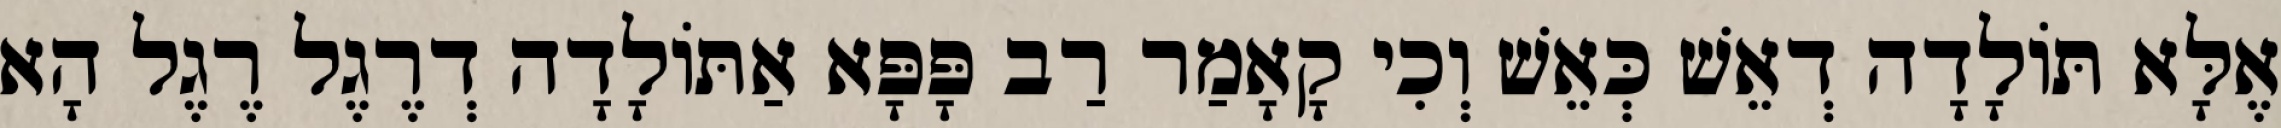
אֶלָּא תּוֹלָדָה דְאֵשׁ כְּאֵשׁ וְכִי קָאָמַר רַב פָּפָּא אַתּוֹלָדָה דְרֶגֶל רֶגֶל הָא